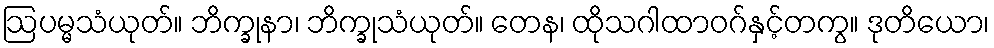
ဩပမ္မသံယုတ်။ ဘိက္ခုနာ၊ ဘိက္ခုသံယုတ်။ တေန၊ ထိုသဂါထာဝဂ်နှင့်တကွ။ ဒုတိယော၊